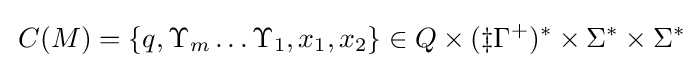
\,C(M)=\{q,\Upsilon _{m}\ldots \Upsilon _{1},x_{1},x_{2}\}\in Q\times (\ddagger \Gamma ^{+})^{*}\times \Sigma ^{*}\times \Sigma ^{*}